Indian journal of veterinary science and animal husbandry - Volume 9,
Year: 1939
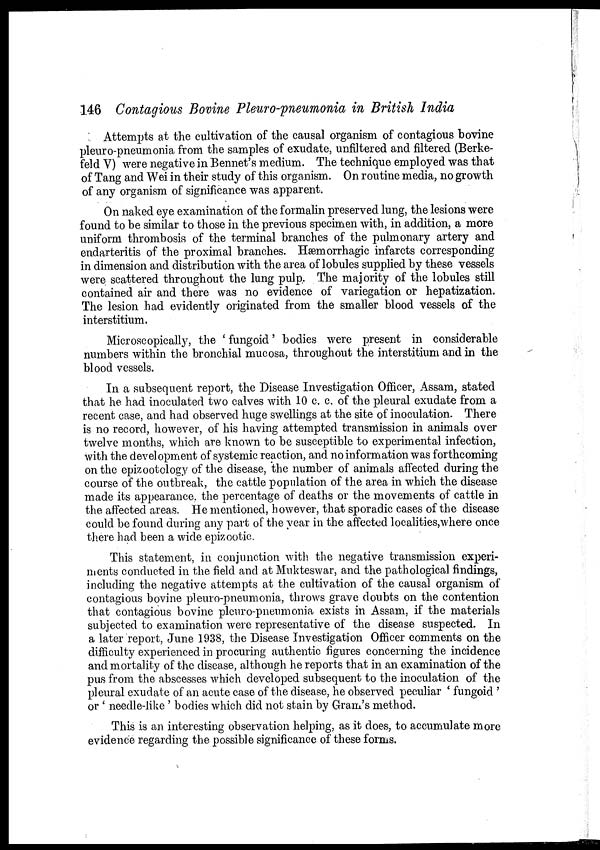
146 Contagious Bovine Pleuro-pneumonia in British India
Attempts at the cultivation of the causal organism of contagious bovine
pleuro-pneumonia from the samples of exudate, unfiltered and filtered (Berke-
feld V) were negative in Bennet's medium. The technique employed was that
of Tang and Wei in their study of this organism. On routine media, no growth
of any organism of significance was apparent.
On naked eye examination of the formalin preserved lung, the lesions were
found to be similar to those in the previous specimen with, in addition, a more
uniform thrombosis of the terminal branches of the pulmonary artery and
endarteritis of the proximal branches. Hæmorrhagic infarcts corresponding
in dimension and distribution with the area of lobules supplied by these vessels
were scattered throughout the lung pulp. The majority of the lobules still
contained air and there was no evidence of variegation or hepatization.
The lesion had evidently originated from the smaller blood vessels of the
interstitium.
Microscopically, the ' fungoid' bodies were present in considerable
numbers within the bronchial mucosa, throughout the interstitium and in the
blood vessels.
In a subsequent report, the Disease Investigation Officer, Assam, stated
that he had inoculated two calves with 10 c. c. of the pleural exudate from a
recent case, and had observed huge swellings at the site of inoculation. There
is no record, however, of his having attempted transmission in animals over
twelve months, which are known to be susceptible to experimental infection,
with the development of systemic reaction, and no information was forthcoming
on the epizootology of the disease, the number of animals affected during the
course of the outbreak, the cattle population of the area in which the disease
made its appearance, the percentage of deaths or the movements of cattle in
the affected areas. He mentioned, however, that sporadic cases of the disease
could be found during any part of the year in the affected localities,where once
there had been a wide epizootic.
This statement, in conjunction with the negative transmission experi-
ments conducted in the field and at Mukteswar, and the pathological findings,
including the negative attempts at the cultivation of the causal organism of
contagious bovine pleuro-pneumonia, throws grave doubts on the contention
that contagious bovine pleuro-pneumonia exists in Assam, if the materials
subjected to examination were representative of the disease suspected. In
a later report, June 1938, the Disease Investigation Officer comments on the
difficulty experienced in procuring authentic figures concerning the incidence
and mortality of the disease, although he reports that in an examination of the
pus from the abscesses which developed subsequent to the inoculation of the
pleural exudate of an acute case of the disease, he observed peculiar ' fungoid '
or ' needle-like ' bodies which did not stain by Gram's method.
This is an interesting observation helping, as it does, to accumulate more
evidence regarding the possible significance of these forms.